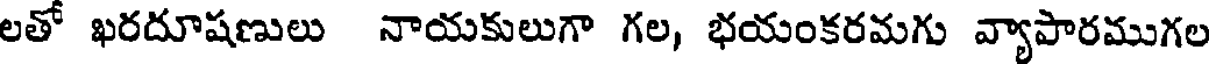
లతో ఖరదూషణులు నాయకులుగా గల, భయంకరమగు వ్యాపారముగల